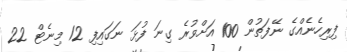
ފިރިހެނެއްގެ ނޭފަތުން 100 އަށްވުރެ ގިނަ ފުޅަ ނަގައިފި 12 މިނެޓް 22